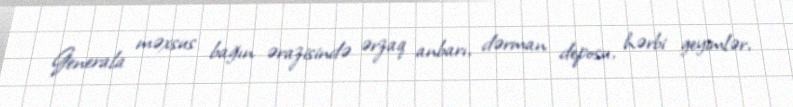
Generala məxsus bağın ərazisində ərzaq anbarı, dərman deposu, hərbi geyimlər,